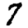
Digit: 7